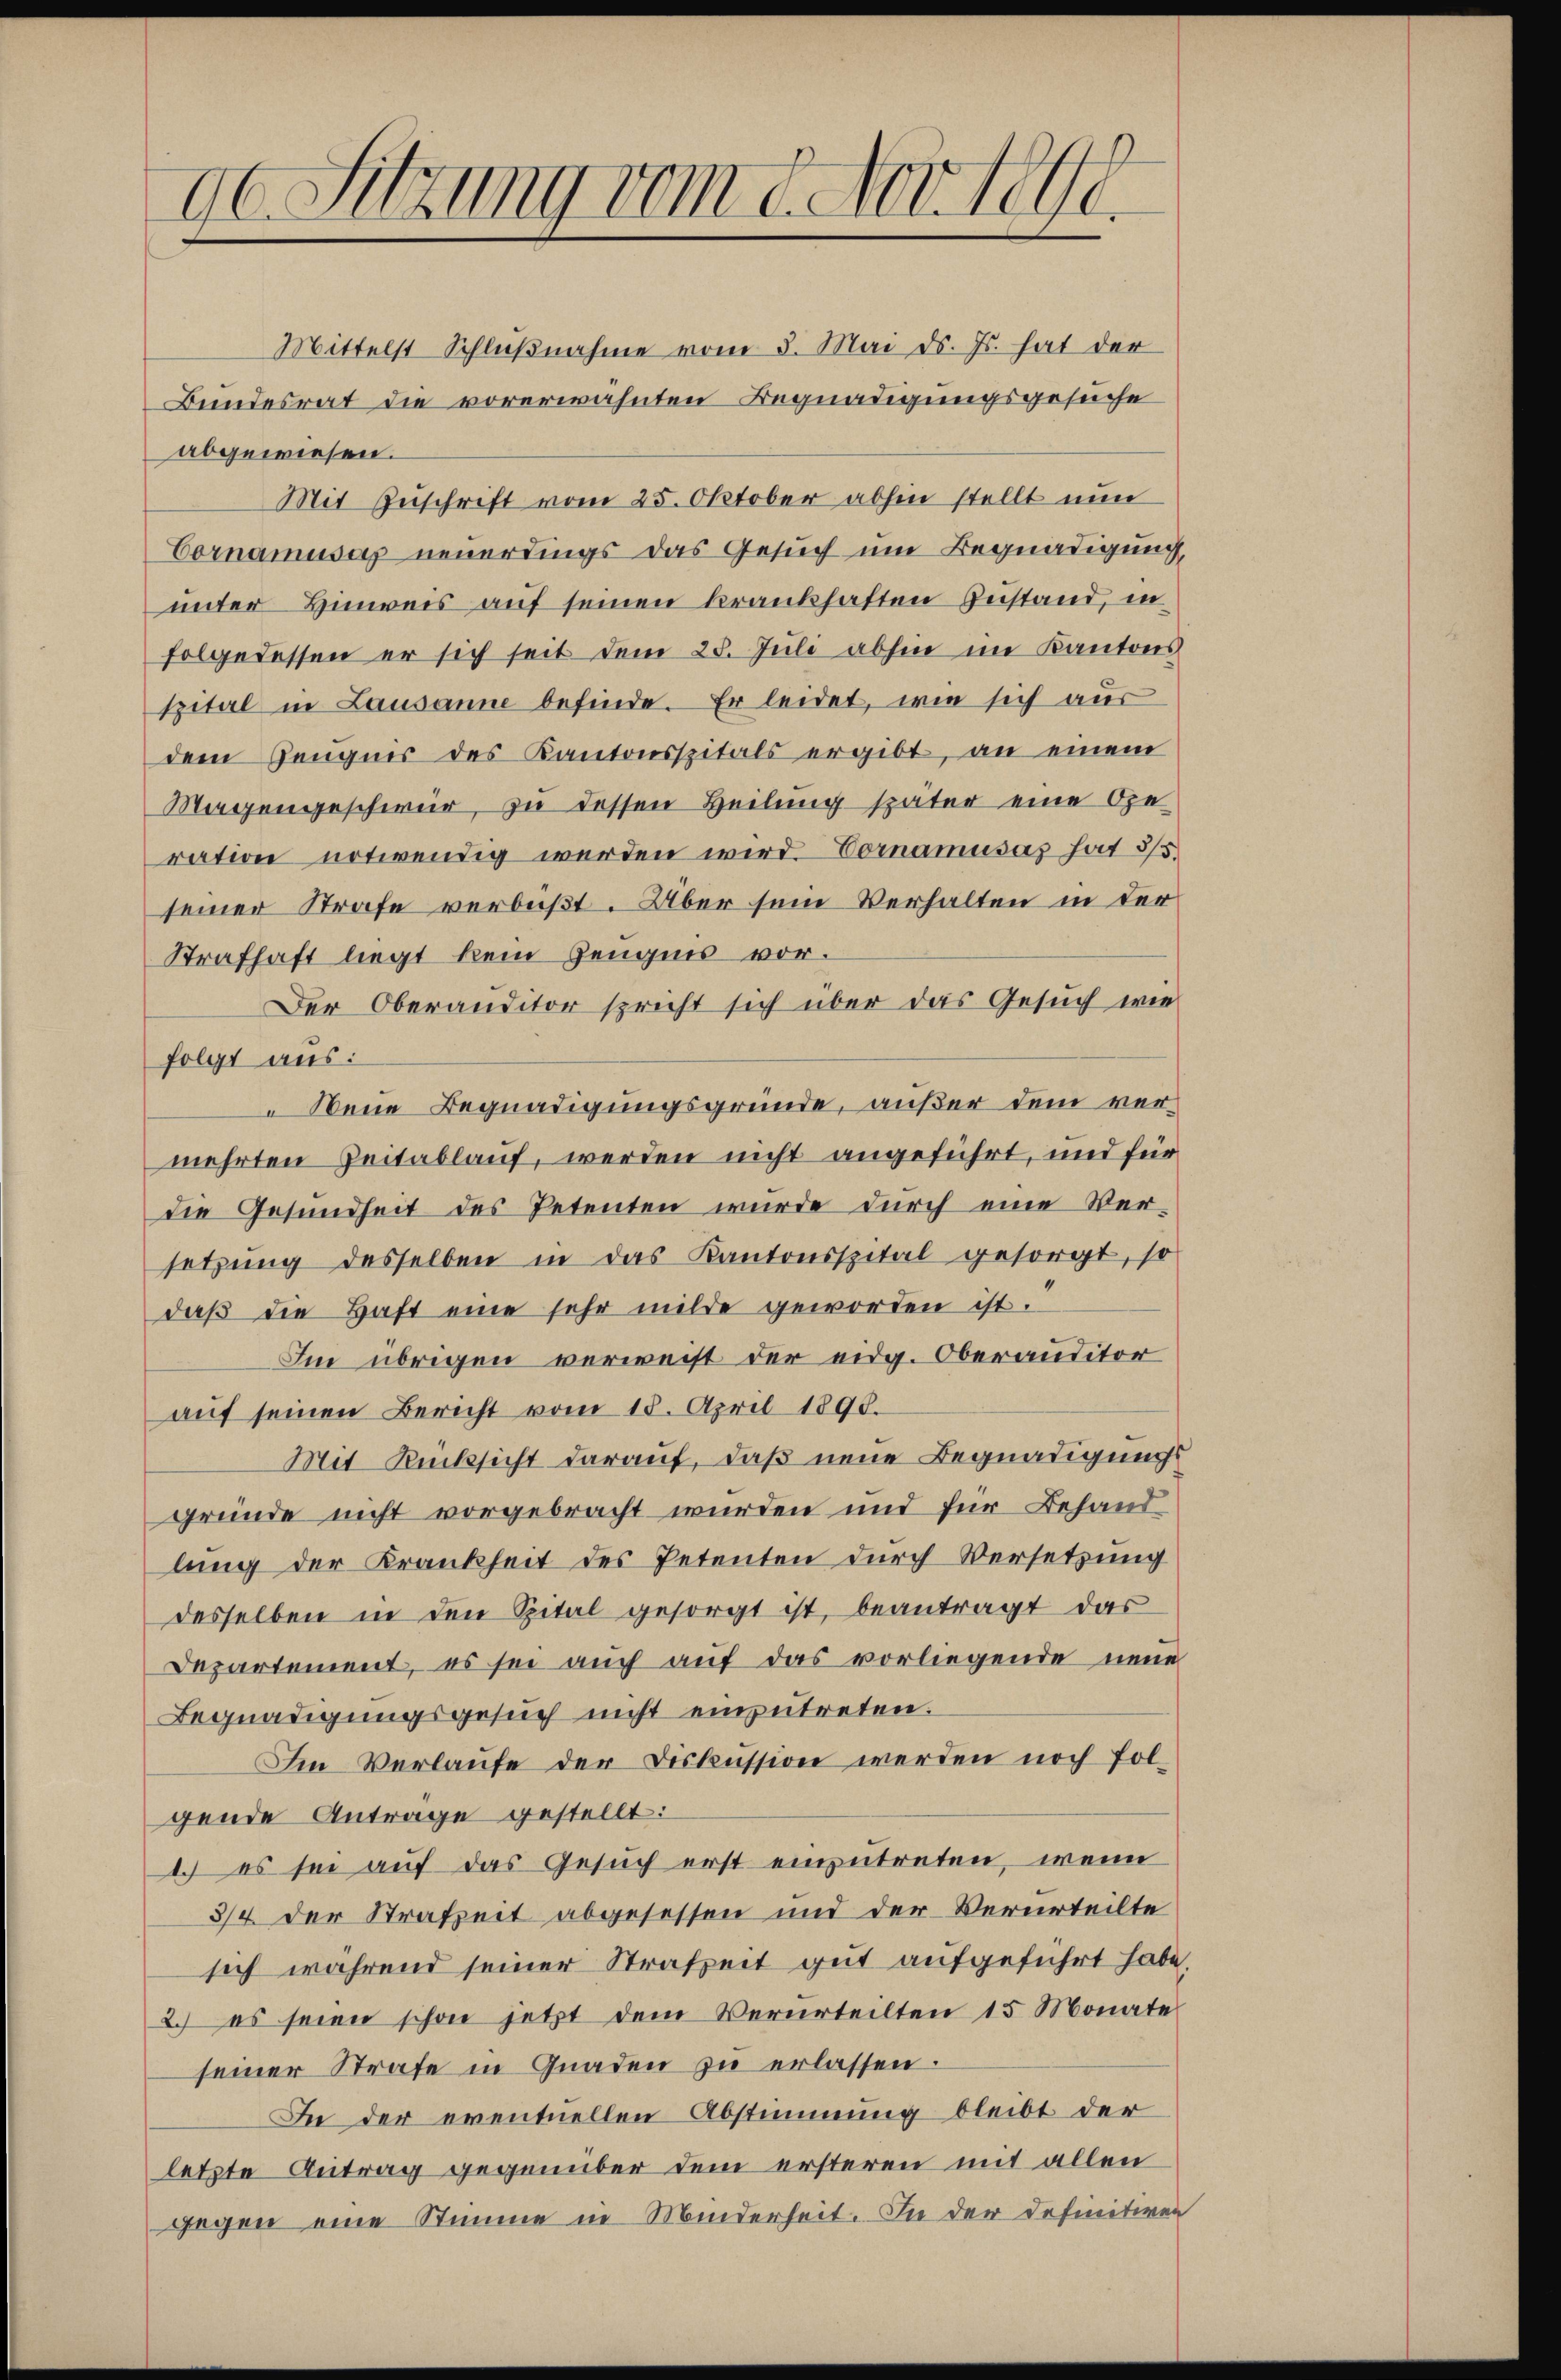
90. Sitzung vom 8. Nov. 1848

Mittelst Schlŭβnahme vom 3. Mai d. Js. hat der
Bundesrat die vorerwähnten Begnadigungsgesuche
abgewiesen.
Mit Zuschrift vom 25. Oktober abhin stellt nun
Cornamusas neuerdings das Gesuch um Begnadigung,
unter Hinweis auf seinen krankhaften Zustand, in
folge dessen er sich seit dem 25. Juli abhin im Kantons
spital in Lausanne befinde. Er leidet, wie sich aus
dem Zeugnis des Kantonsspitals ergibt, an einem
Magengeschwer, zu dessen Heilung später eine Ope
ration notwendig werden wird. Vornamusas hat 3/5.
seiner Strafe verbüßt. Über sein Verhalten in der
Strafhaft liegt kein Zeugnis vor.
Der Oberauditor spricht sich über das Gesuch wie
folgt aus:
Neue Begnadigungsgründe, außer dem vermehrten Zeitablauf, werden nicht angeführt, und für
die Gesundheit des Petenten wurde durch eine Versetzŭng desselben in das Kantonsspital gesorgt, so
daβ die Haft eine sehr milde geworden ist.
Im übrigen verweist der eidg. Oberanditor
aŭf seinen Bericht vom 18. April 1890.
Mit Rücksicht darauf, daß neue Begnadigungs
gründe nicht vorgebracht wurden und für Behand
lung der Krankheit des Petenten durch Versetzung
desselben in den Spital gesorgt ist, beantragt das
Departement, es sei auch auf das vorliegende neue
Begnadigungsgesŭch nicht einzŭtreten.
Im Verlaŭfe der Diskussion werden noch fol-
gende Antrage gestellt:
1. es sei auf das Gesuch erst einzutreten, wenn
3/4 der Strafzeit abgesessen und der Verurteilte
sich während seiner Strafzeit gut aufgeführt habe.
2. es seien schon jetzt dem Verurteilten 15 Monate
seiner Strafe in Gnaden zu erlassen.
In der eventuellen Abstimmung bleibt der
letzte Antrag gegenüber dem ersteren mit allen
gegen eine Stimme in Minderheit. In der Definitiven